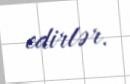
edirlər.